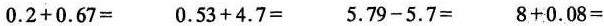
0.2+0.67=0.53+4.7= 5.79-5.7=8+0.08=